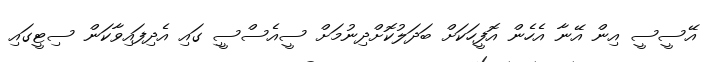
އޭސީސީ އިން އޭނާ އެހެން އޮފީހަކަށް ބަދަލުކޮށްދިނުމަށް ސީއެސްސީި ގައި އެދިފައިވާކަން ސިޓީގައި